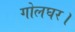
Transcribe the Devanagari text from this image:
गोलघर।